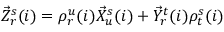
\begin{array} { r } { \vec { Z } _ { r } ^ { s } ( i ) = \rho _ { r } ^ { u } ( i ) \vec { X } _ { u } ^ { s } ( i ) + \vec { Y } _ { r } ^ { t } ( i ) \rho _ { t } ^ { s } ( i ) } \end{array}